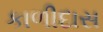
કાળીદાસ